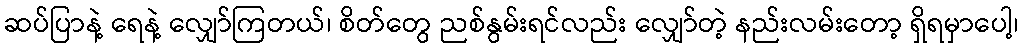
ဆပ်ပြာနဲ့ ရေနဲ့ လျှော်ကြတယ်၊ စိတ်တွေ ညစ်နွမ်းရင်လည်း လျှော်တဲ့ နည်းလမ်းတော့ ရှိရမှာပေါ့၊